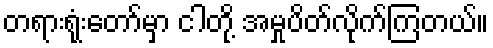
တရားရုံးတော်မှာ ငါတို့ အမှုပိတ်လိုက်ကြတယ်။